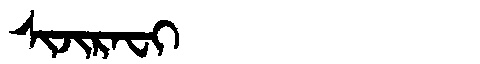
Manchu: ᠰᡳᠵᡳᡵᠠᠸᡳ
Romanization: SIJIRAFI